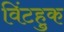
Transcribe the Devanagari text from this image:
विंटहुक